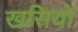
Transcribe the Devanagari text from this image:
खसियों